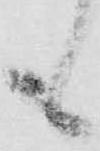
も